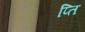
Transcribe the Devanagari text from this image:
प्ति